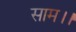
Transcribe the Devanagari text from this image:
साम।।